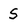
Character: S